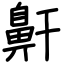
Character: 鼾